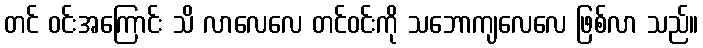
တင် ဝင်းအကြောင်း သိ လာလေလေ တင်ဝင်းကို သဘောကျလေလေ ဖြစ်လာ သည်။